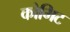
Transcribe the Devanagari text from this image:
कोमिट